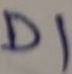
Text: D1